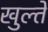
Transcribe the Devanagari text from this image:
खुल्ते